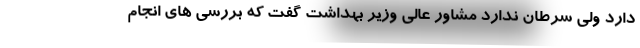
دارد ولی سرطان ندارد مشاور عالی وزیر بهداشت گفت که بررسی های انجام